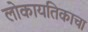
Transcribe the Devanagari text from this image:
लोकायतिकाचा